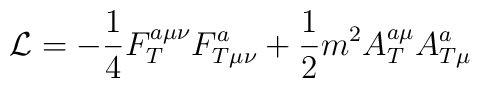
{\cal L}=-\frac 14F_T^{a\mu \nu }F_{T\mu \nu }^a+\frac 12m^2A_T^{a\mu}A_{T\mu }^a